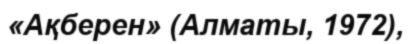
«Ақберен» (Алматы, 1972),